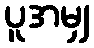
ပူအမျှ